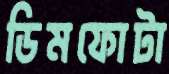
ডিমফোটা